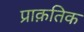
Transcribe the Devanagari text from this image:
प्राक़तिक